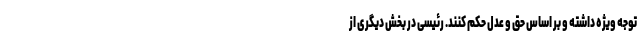
توجه ویژه داشته و بر اساس حق و عدل حکم کنند. رئیسی در بخش دیگری از